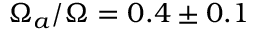
\Omega _ { a } / \Omega = 0 . 4 \pm 0 . 1